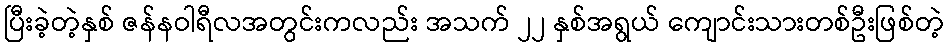
ပြီးခဲ့တဲ့နှစ် ဇန်နဝါရီလအတွင်းကလည်း အသက် ၂၂ နှစ်အရွယ် ကျောင်းသားတစ်ဦးဖြစ်တဲ့